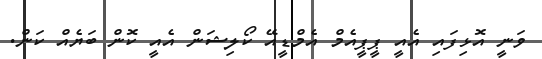
ވަނީ އޮޅިފައި އެއީ ޕީޕީއެމް އެމްޑީއޭ ކޯލިޝަން އެެއީ ކޮން ބަޔެއް ކަން.